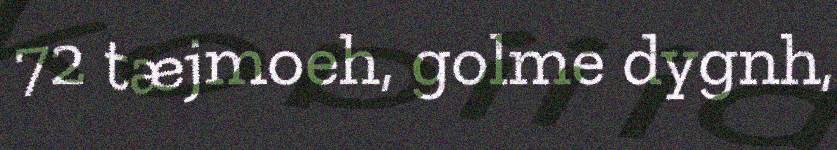
72 tæjmoeh, golme dygnh,